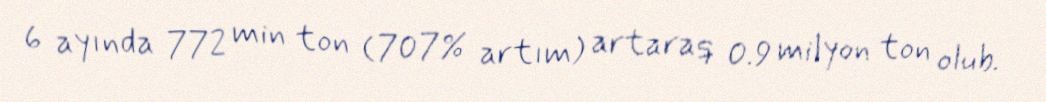
6 ayında 772 min ton (707% artım) artaraq 0.9 milyon ton olub.